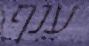
ענף